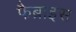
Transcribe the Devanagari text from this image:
फैब्राइस